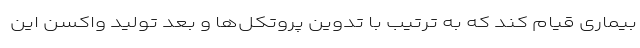
بیماری قیام کند که به ترتیب با تدوین پروتکل‌ها و بعد تولید واکسن این